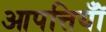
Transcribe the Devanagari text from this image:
आपत्तियॉँ